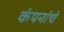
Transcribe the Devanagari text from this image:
कंपनांचे